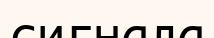
сигнала